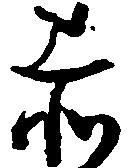
赤